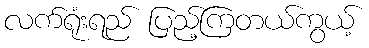
လက်ရုံးရည် ပြည့်ကြတယ်ကွယ့်